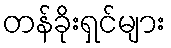
တန်ခိုးရှင်များ